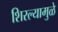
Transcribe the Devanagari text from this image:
शिरल्यामुळे